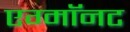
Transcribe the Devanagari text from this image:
एग्माॅनट